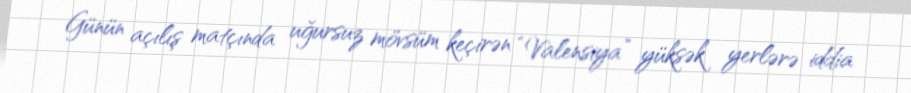
Günün açılış matçında uğursuz mövsüm keçirən “Valensiya” yüksək yerlərə iddia